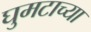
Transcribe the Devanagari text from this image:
घुमटाच्या